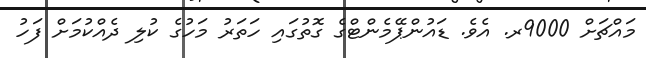
މައްޗަށް 9000ރ. އެވެ. ޑައުންޕޭމެންޓްގެ ގޮތުގައި ހަތަރު މަހުގެ ކުލި ދެއްކުމަށް ފަހު